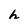
Character: h